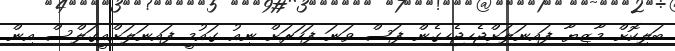
ބަލިކޮށް މާޒިޔާ ފައިނަލަށްޖެހިޖެހިގެން ފަސް ވަނަ ފަހަރަށް ނިއު ގައުމީ ފައިނަލަށްއީގަލްސް އިން